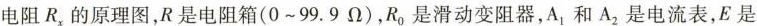
电阻R_{x}的原理图，R是电阻箱(0~99.9\Omega )，R_{0}是滑动变阻器，A_{1}和A_{2}是电流表，E是